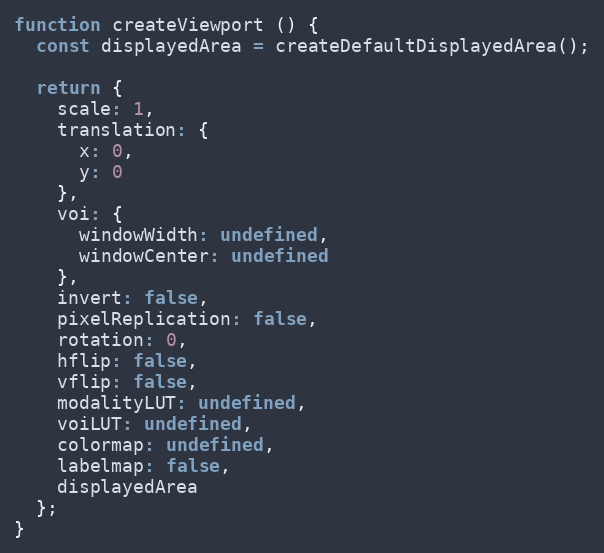
Language: JavaScript
function createViewport () {
  const displayedArea = createDefaultDisplayedArea();

  return {
    scale: 1,
    translation: {
      x: 0,
      y: 0
    },
    voi: {
      windowWidth: undefined,
      windowCenter: undefined
    },
    invert: false,
    pixelReplication: false,
    rotation: 0,
    hflip: false,
    vflip: false,
    modalityLUT: undefined,
    voiLUT: undefined,
    colormap: undefined,
    labelmap: false,
    displayedArea
  };
}